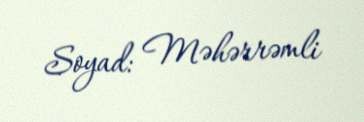
Soyad: Məhərrəmli